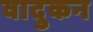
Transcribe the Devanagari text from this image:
वादुकन